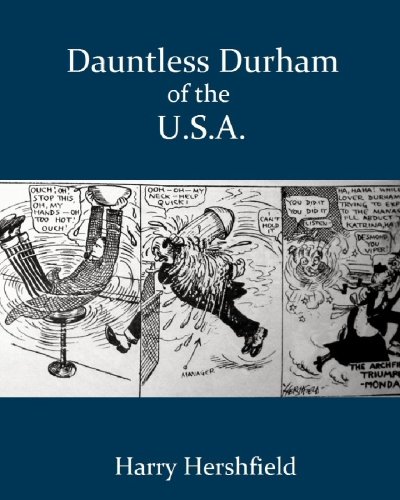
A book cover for Dauntless Durham of the U.S.A.; Harry Hershfield; Comics & Graphic Novels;